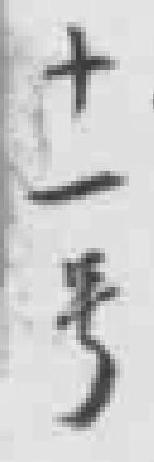
十一號